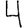
Digit: 4